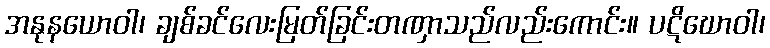
အနုနယောဝါ၊ ချစ်ခင်လေးမြတ်ခြင်းတဏှာသည်လည်းကောင်း။ ပဋိဃောဝါ၊